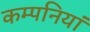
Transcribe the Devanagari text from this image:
कम्‍पनियां